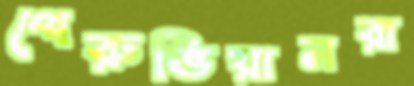
পেরুভিয়ানরা